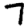
Digit: 7